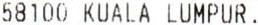
58100 KUALA LUMPUR.